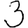
Digit: 3